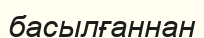
басылғаннан